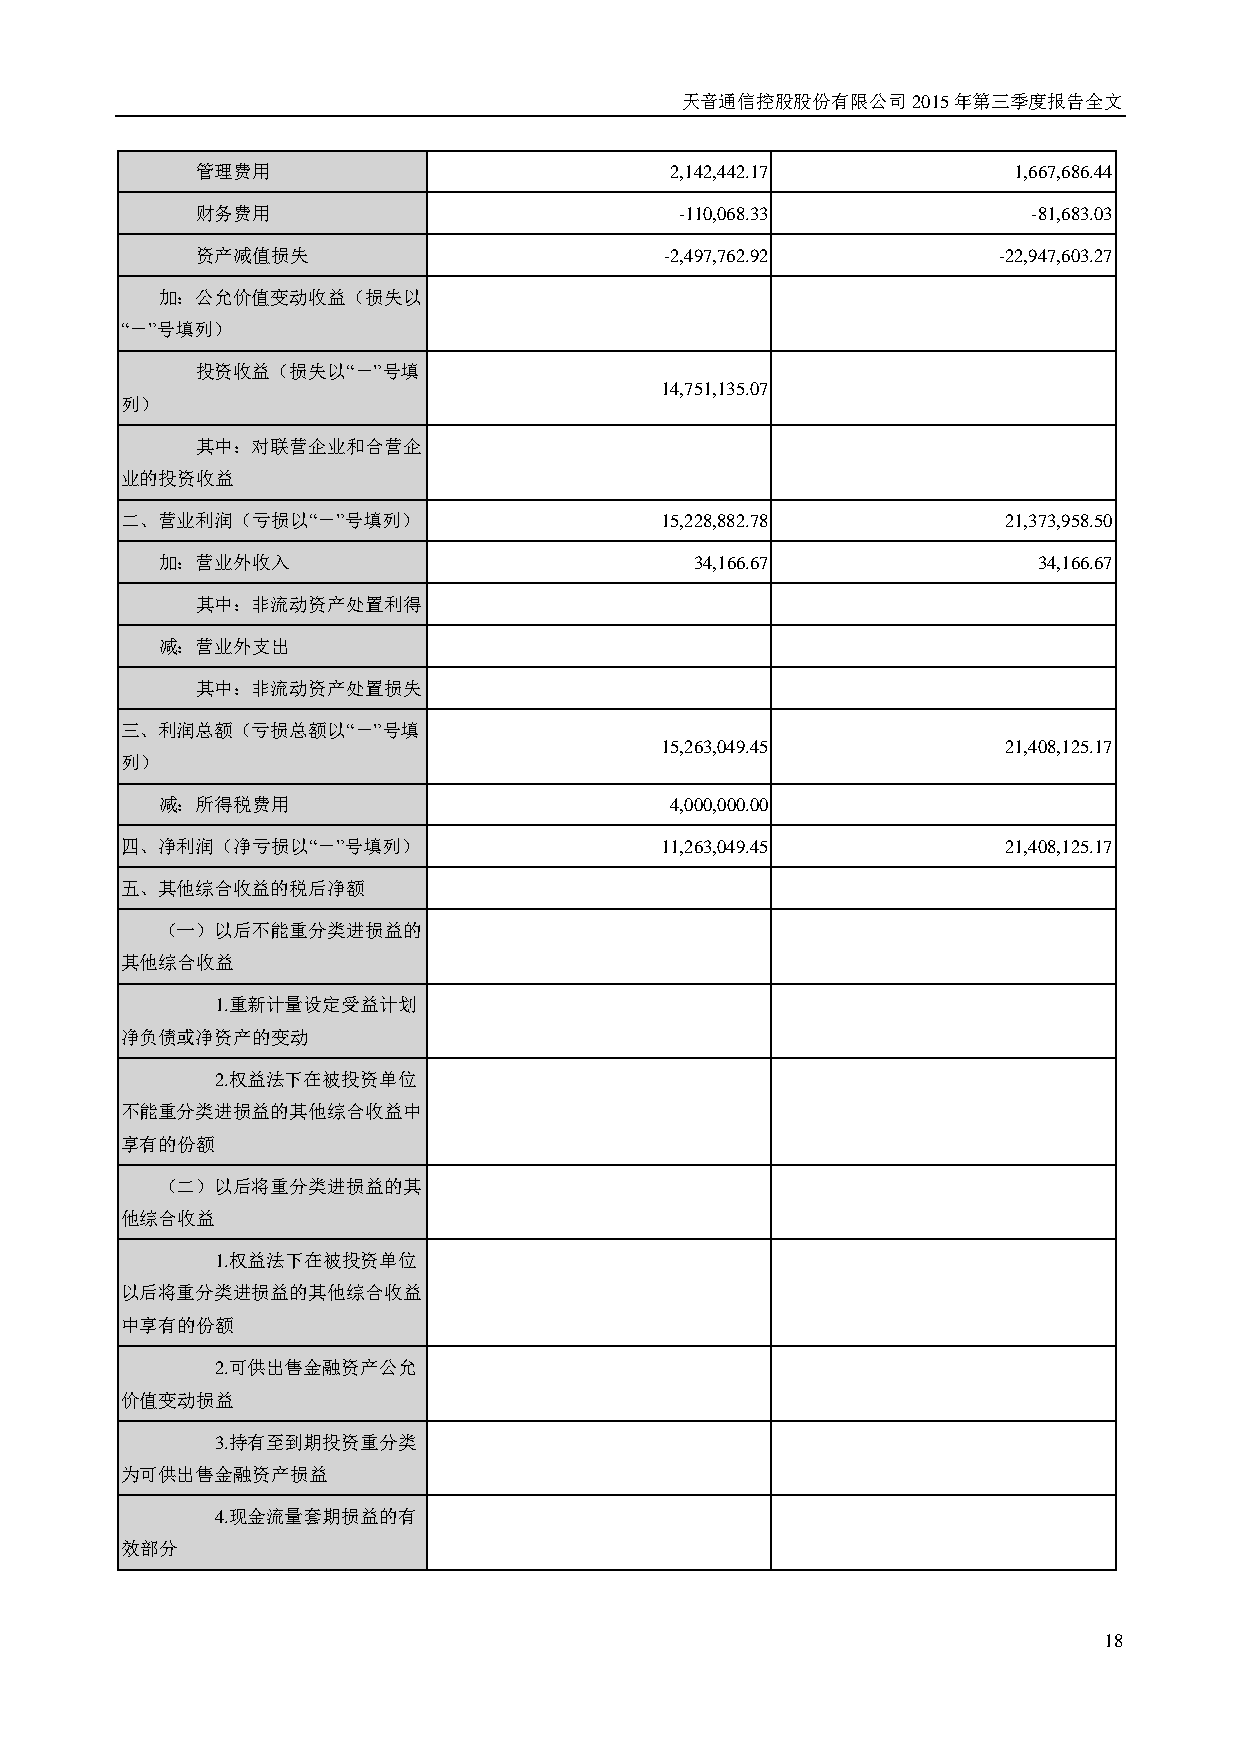
天音通信控股股份有限公司2015年第三季度报告全文
 管理费用                           2,142,442.17           1,667,686.44
 财务费用                            -110,068.33            -81,683.03
 资产减值损失                         -2,497,762.92         -22,947,603.27
 加：公允价值变动收益（损失以
 “－”号填列）
 投资收益（损失以“－”号填
 14,751,135.07
 列）
 其中：对联营企业和合营企
 业的投资收益
 二、营业利润（亏损以“－”号填列）                   15,228,882.78         21,373,958.50
 加：营业外收入                             34,166.67              34,166.67
 其中：非流动资产处置利得
 减：营业外支出
 其中：非流动资产处置损失
 三、利润总额（亏损总额以“－”号填
 15,263,049.45         21,408,125.17
 列）
 减：所得税费用                           4,000,000.00
 四、净利润（净亏损以“－”号填列）                   11,263,049.45         21,408,125.17
 五、其他综合收益的税后净额
 （一）以后不能重分类进损益的
 其他综合收益
 1.重新计量设定受益计划
 净负债或净资产的变动
 2.权益法下在被投资单位
 不能重分类进损益的其他综合收益中
 享有的份额
 （二）以后将重分类进损益的其
 他综合收益
 1.权益法下在被投资单位
 以后将重分类进损益的其他综合收益
 中享有的份额
 2.可供出售金融资产公允
 价值变动损益
 3.持有至到期投资重分类
 为可供出售金融资产损益
 4.现金流量套期损益的有
 效部分
 18